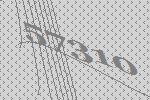
57310